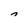
Character: n